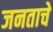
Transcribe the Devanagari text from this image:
जनताचे